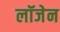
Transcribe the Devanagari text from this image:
लॉजेन